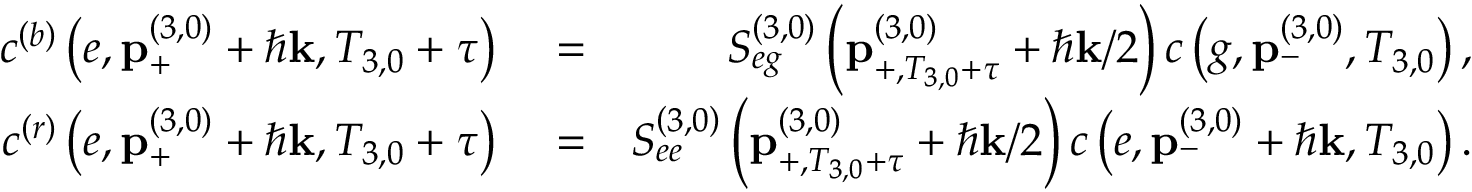
\begin{array} { r l r } { c ^ { \left( b \right) } \left( e , \mathbf { p } _ { + } ^ { \left( 3 , 0 \right) } + \hbar \mathbf { k } , T _ { 3 , 0 } + \tau \right) } & { { } = } & { S _ { e g } ^ { \left( 3 , 0 \right) } \left( \mathbf { p } _ { + , T _ { 3 , 0 } + \tau } ^ { \left( 3 , 0 \right) } + \hbar \mathbf { k } / 2 \right) c \left( g , \mathbf { p } _ { - } ^ { \left( 3 , 0 \right) } , T _ { 3 , 0 } \right) , } \\ { c ^ { \left( r \right) } \left( e , \mathbf { p } _ { + } ^ { \left( 3 , 0 \right) } + \hbar \mathbf { k } , T _ { 3 , 0 } + \tau \right) } & { { } = } & { S _ { e e } ^ { \left( 3 , 0 \right) } \left( \mathbf { p } _ { + , T _ { 3 , 0 } + \tau } ^ { \left( 3 , 0 \right) } + \hbar \mathbf { k } / 2 \right) c \left( e , \mathbf { p } _ { - } ^ { \left( 3 , 0 \right) } + \hbar \mathbf { k } , T _ { 3 , 0 } \right) . } \end{array}